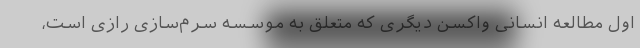
اول مطالعه انسانی واکسن دیگری که متعلق به موسسه سرم‌سازی رازی است،